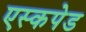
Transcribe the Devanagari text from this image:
एस्कपेड